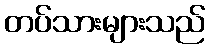
တပ်သားများသည်